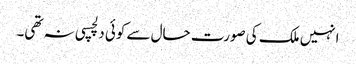
انہیں ملک کی صورت حال سے کوئی دلچسپی نہ تھی۔